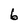
Character: 6